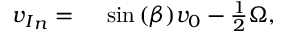
\begin{array} { r l } { { v _ { I } } _ { n } = { } } & { { } \sin { ( \beta ) } v _ { 0 } - \frac { 1 } { 2 } \Omega , } \end{array}